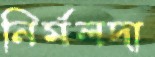
নির্মলদা